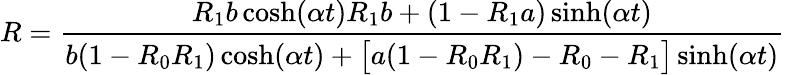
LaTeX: R=\frac{R_{1}b\cosh(\alpha t)R_{1}b+(1-R_{1}a)\sinh(\alpha t)}{b(1-R_{0}R_{1})\cosh(\alpha t)+\big[a(1-R_{0}R_{1})-R_{0}-R_{1}\big]\sinh(\alpha t)}